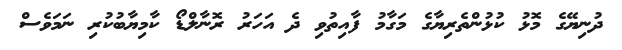
ދުނިޔޭގެ މޮޅު ކުޅުންތެރިޔާގެ މަގާމު ފާއިތުވި ދެ އަހަރު ރޮނާލްޑޯ ކާމިޔާބުކުރި ނަމަވެސް